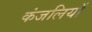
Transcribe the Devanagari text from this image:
कंजलियाँ